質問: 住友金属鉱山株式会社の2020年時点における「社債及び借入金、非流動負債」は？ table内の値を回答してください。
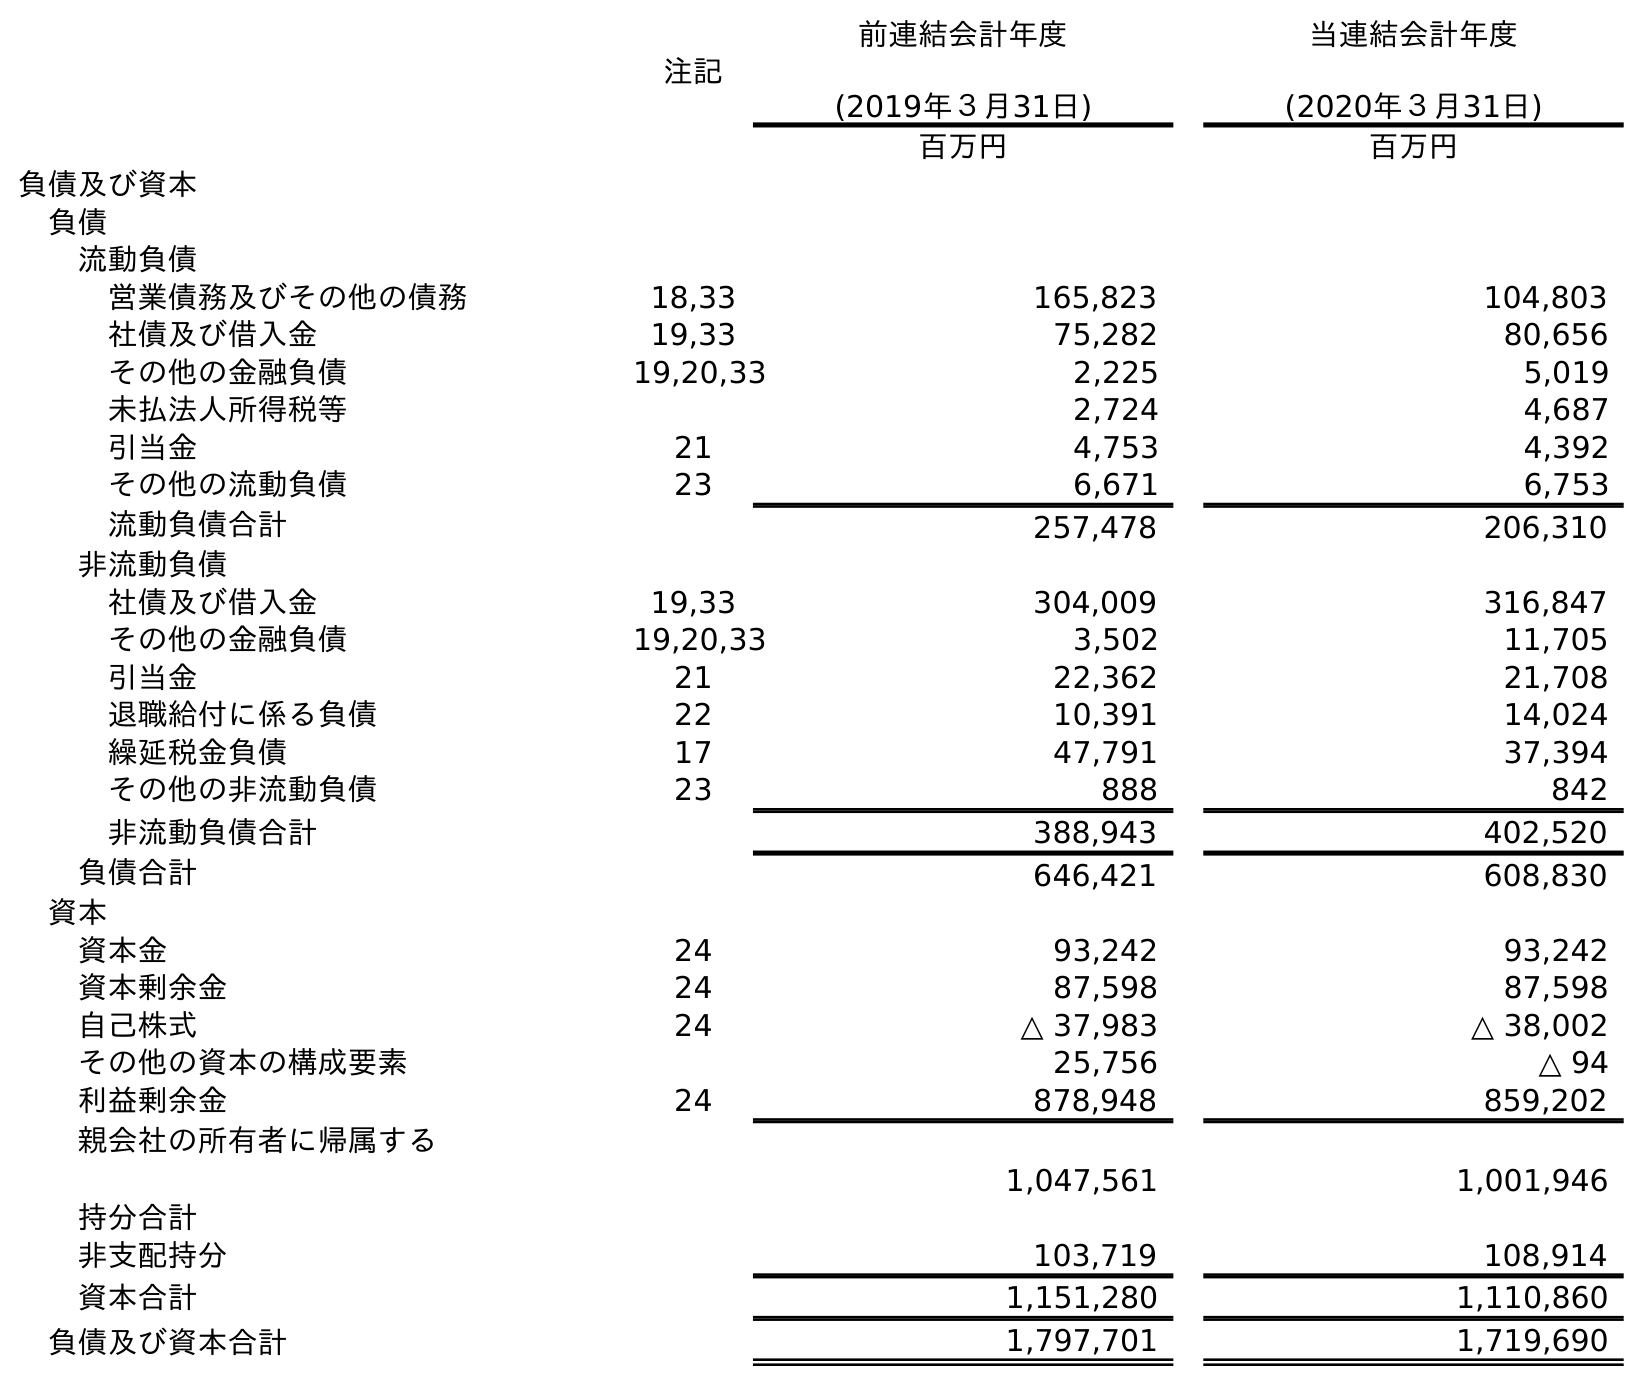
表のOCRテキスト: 注記 前連結会計年度 (2019年３月31日) 当連結会計年度 (2020年３月31日) 百万円 百万円 負債及び資本 負債 流動負債 営業債務及びその他の債務 18,33 165,823 104,803 社債及び借入金 19,33 75,282 80,656 その他の金融負債 19,20,33 2,225 5,019 未払法人所得税等 2,724 4,687 引当金 21 4,753 4,392 その他の流動負債 23 6,671 6,753 流動負債合計 257,478 206,310 非流動負債 社債及び借入金 19,33 304,009 316,847 その他の金融負債 19,20,33 3,502 11,705 引当金 21 22,362 21,708 退職給付に係る負債 22 10,391 14,024 繰延税金負債 17 47,791 37,394 その他の非流動負債 23 888 842 非流動負債合計 388,943 402,520 負債合計 646,421 608,830 資本 資本金 24 93,242 93,242 資本剰余金 24 87,598 87,598 自己株式 24 △ 37,983 △ 38,002 その他の資本の構成要素 25,756 △ 94 利益剰余金 24 878,948 859,202 親会社の所有者に帰属する 持分合計 1,047,561 1,001,946 非支配持分 103,719 108,914 資本合計 1,151,280 1,110,860 負債及び資本合計 1,797,701 1,719,690
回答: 316,847